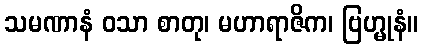
သမဏာနံ ဝသာ စာတု၊ မဟာရာဇိက၊ ဗြဟ္မုနံ။